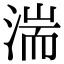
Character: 湍